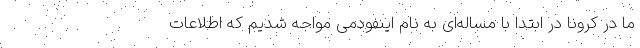
ما در کرونا در ابتدا با مساله‌ای به نام اینفودمی مواجه شدیم که اطلاعات